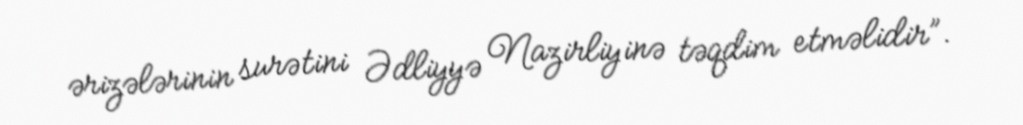
ərizələrinin surətini Ədliyyə Nazirliyinə təqdim etməlidir”.